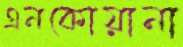
এনকোয়ানা